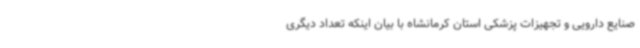
صنایع دارویی و تجهیزات پزشکی استان کرمانشاه با بیان اینکه تعداد دیگری